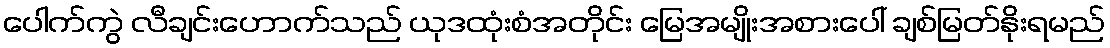
ပေါက်ကွဲ လီချင်းဟောက်သည် ယုဒထုံးစံအတိုင်း မြေအမျိုးအစားပေါ် ချစ်မြတ်နိုးရမည်